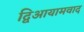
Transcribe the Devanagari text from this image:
द्विआयामवाद